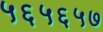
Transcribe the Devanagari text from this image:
५६५६५७